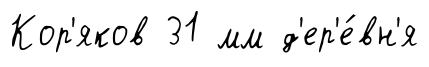
Кор'яков 31 мм д'ер'е́вн'я